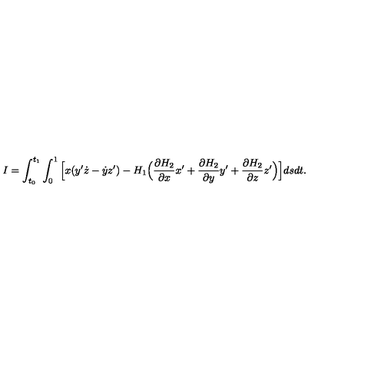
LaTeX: I = \int _ { t _ { 0 } } ^ { t _ { 1 } } \int _ { 0 } ^ { 1 } \Big [ x ( y ^ { \prime } \dot { z } - \dot { y } z ^ { \prime } ) - H _ { 1 } \Big ( \frac { \partial H _ { 2 } } { \partial x } x ^ { \prime } + \frac { \partial H _ { 2 } } { \partial y } y ^ { \prime } + \frac { \partial H _ { 2 } } { \partial z } z ^ { \prime } \Big ) \Big ] d s d t .